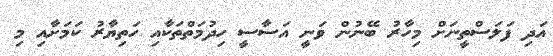
އަދި ފަލަސްތީނަށް މިހާރު ބޭނުން ވަނީ އަސާސީ ހިދުމަތްތަކާއި ހަތިޔާރު ކަމަށާއި މި